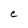
Character: e